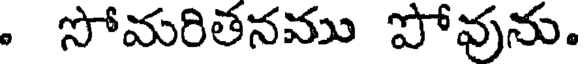
. సోమరితనము పోవును.